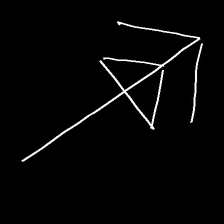
Glyph: pull